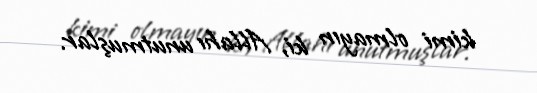
kimi olmayın ki, Allahı unutmuşlar.